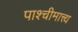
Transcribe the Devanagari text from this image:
पाश्चीमात्त्य